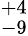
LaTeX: ^{+4}_{-9}